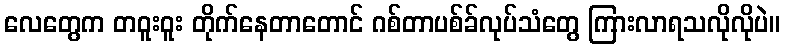
လေတွေက တဝူးဝူး တိုက်နေတာတောင် ဂစ်တာပစ်ခ်လုပ်သံတွေ ကြားလာရသလိုလိုပဲ။